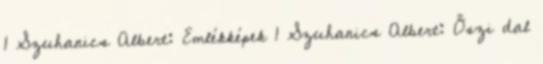
1 Szuhanics Albert: Emlékképek 1 Szuhanics Albert: Őszi dal